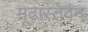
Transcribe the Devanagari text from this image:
मूढास्तेवैन